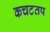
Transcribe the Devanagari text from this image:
कचटतप